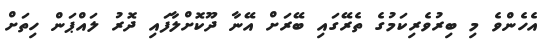
އެހެންވެ މި ބިރުވެރިކަމުގެ ތެރޭގައި ބޭރަށް އޭނާ ދޫކޮށްލާފައި ދޮރު ލައްޕަން ހިތަށް